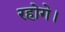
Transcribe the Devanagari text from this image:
रहोगे।